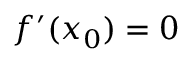
f ^ { \prime } ( x _ { 0 } ) = 0